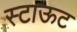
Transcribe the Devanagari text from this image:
स्टाऊट